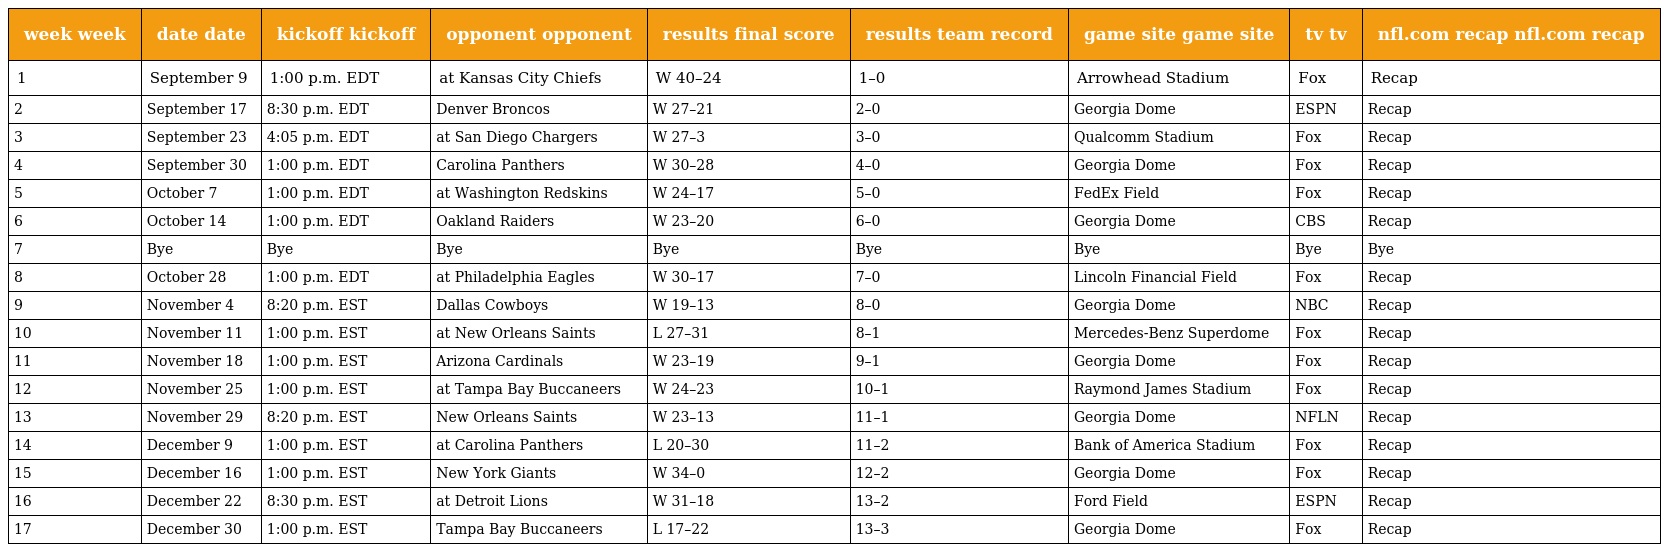
| week week | date date | kickoff kickoff | opponent opponent | results final score | results team record | game site game site | tv tv | nfl.com recap nfl.com recap |
 | --- | --- | --- | --- | --- | --- | --- | --- | --- |
 | 1 | September 9 | 1:00 p.m. EDT | at Kansas City Chiefs | W 40–24 | 1–0 | Arrowhead Stadium | Fox | Recap |
 | 2 | September 17 | 8:30 p.m. EDT | Denver Broncos | W 27–21 | 2–0 | Georgia Dome | ESPN | Recap |
 | 3 | September 23 | 4:05 p.m. EDT | at San Diego Chargers | W 27–3 | 3–0 | Qualcomm Stadium | Fox | Recap |
 | 4 | September 30 | 1:00 p.m. EDT | Carolina Panthers | W 30–28 | 4–0 | Georgia Dome | Fox | Recap |
 | 5 | October 7 | 1:00 p.m. EDT | at Washington Redskins | W 24–17 | 5–0 | FedEx Field | Fox | Recap |
 | 6 | October 14 | 1:00 p.m. EDT | Oakland Raiders | W 23–20 | 6–0 | Georgia Dome | CBS | Recap |
 | 7 | Bye | Bye | Bye | Bye | Bye | Bye | Bye | Bye |
 | 8 | October 28 | 1:00 p.m. EDT | at Philadelphia Eagles | W 30–17 | 7–0 | Lincoln Financial Field | Fox | Recap |
 | 9 | November 4 | 8:20 p.m. EST | Dallas Cowboys | W 19–13 | 8–0 | Georgia Dome | NBC | Recap |
 | 10 | November 11 | 1:00 p.m. EST | at New Orleans Saints | L 27–31 | 8–1 | Mercedes-Benz Superdome | Fox | Recap |
 | 11 | November 18 | 1:00 p.m. EST | Arizona Cardinals | W 23–19 | 9–1 | Georgia Dome | Fox | Recap |
 | 12 | November 25 | 1:00 p.m. EST | at Tampa Bay Buccaneers | W 24–23 | 10–1 | Raymond James Stadium | Fox | Recap |
 | 13 | November 29 | 8:20 p.m. EST | New Orleans Saints | W 23–13 | 11–1 | Georgia Dome | NFLN | Recap |
 | 14 | December 9 | 1:00 p.m. EST | at Carolina Panthers | L 20–30 | 11–2 | Bank of America Stadium | Fox | Recap |
 | 15 | December 16 | 1:00 p.m. EST | New York Giants | W 34–0 | 12–2 | Georgia Dome | Fox | Recap |
 | 16 | December 22 | 8:30 p.m. EST | at Detroit Lions | W 31–18 | 13–2 | Ford Field | ESPN | Recap |
 | 17 | December 30 | 1:00 p.m. EST | Tampa Bay Buccaneers | L 17–22 | 13–3 | Georgia Dome | Fox | Recap |